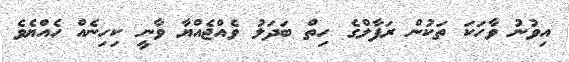
އިވުނު ވާހަކަ ތަކުން ރަފާލްގެ ހިތް ބަދަލު ވެއްޖެއްޔާ ވާނީ ކިހިނެއް ހެއްޔެވެ